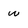
Character: w